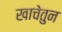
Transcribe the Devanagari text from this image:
खाचेतुन